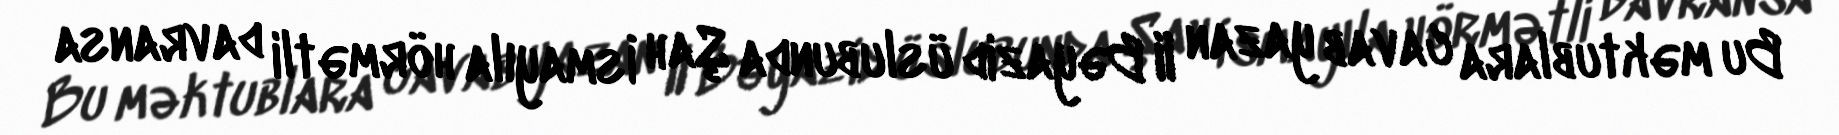
Bu məktublara cavab yazan II Bəyazid üslubunda Şah İsmayıla hörmətli davransa